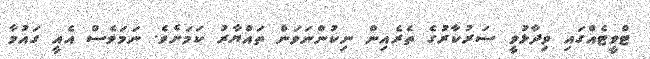
ޓްވީޓެއްގައި ވިދާޅުވީ ސަރުކާރުގެ ތެރެއިން ނިކުންނަވަން ތައްޔާރު ކަމަށެވެ. ނަމަވެސް އެއީ ގައުމާ